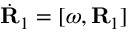
\dot { \bf R } _ { 1 } = [ \boldsymbol { \omega } , { \bf R } _ { 1 } ]